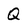
Character: Q